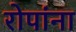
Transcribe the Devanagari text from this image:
रोपांना